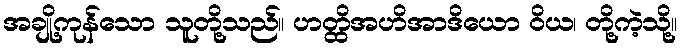
အချို့ကုန်သော သူတို့သည်။ ဟတ္ထိအဟိအာဒိယော ဝိယ၊ တို့ကဲ့သို့။